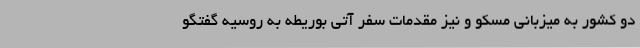
دو کشور به میزبانی مسکو و نیز مقدمات سفر آتی بوریطه به روسیه گفتگو